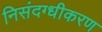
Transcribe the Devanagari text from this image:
निसंदग्धीकरण